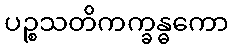
ပဉ္စသတိကက္ခန္ဓကော